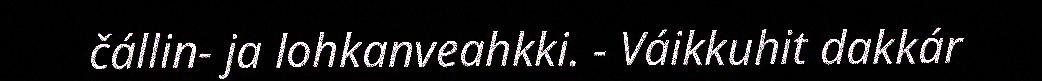
čállin- ja lohkanveahkki. - Váikkuhit dakkár